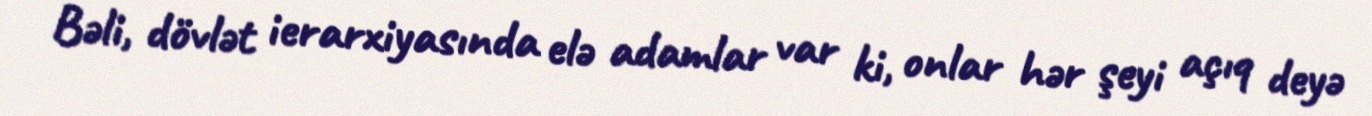
Bəli, dövlət ierarxiyasında elə adamlar var ki, onlar hər şeyi açıq deyə